Scientific memoirs by medical officers of the Army of India - Part XII,
Year: 1901
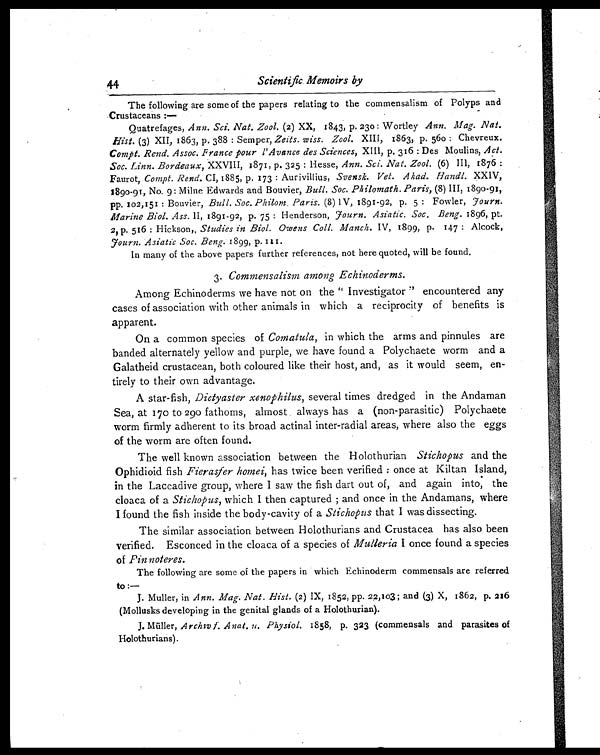
44
Scientific Memoirs by
The following are some of the papers relating to the commensalism of Polyps and
Crustaceans :—
Quatrefages, Ann. Sci. Nat. Zool. (2) XX, 1843, p. 230 : Wortley Ann. Mag. Nat.
Hist. (3) XII, 1863, p. 388 : Semper, Zeits. wiss. Zool. XIII, 1863, p. 560 : Chevreux.
Compt. Rend. Assoc. France pour l'Avance des Sciences , XIII, p. 316 : Des Moulins, Act.
Soc. Linn. Bordeaux, XXVIII, 1871, p. 325 : Hesse, Ann. Sci. Nat. Zool. (6) 1876 :
Faurot, Compt. Rend. CI, 1885, p. 173 : Aurivillius, Svensk. Vet. Akad. Handl. XXIV,
1890-91, No. 9 : Milne Edwards and Bouvier, Bull. Soc. Philomath. Paris, (8) III, 1890-91,
pp. 102,151 : Bouvier, Bull. Soc. Philom. Paris. (8) 1V, 1891-92, p. 5 : Fowler, Fourn.
Marine Biol. Ass. II, 1891-92, p. 75 : Henderson, Fourn. Asiatic. Soc. Beng. 1896, pt.
2 , p . 5 1 6 : H i c k s o n ,
S t u d i e s i n B i o l . O w e n s C o l l . M a n c h .I
V , 1 8 9 9 , p . 1 4 7 : A l c o c k ,
Fourn. Asiatic Soc. Beng. 1899, p. 111.
In many of the above papers further references, not here quoted, will be found.
3. Commensalism among Echinoderms.
Among Echinoderms we have not on the " Investigator " encountered any
cases of association with other animals in which a reciprocity of benefits is
apparent.
On a common species of Comatula , in which the arms and pinnules are
banded alternately yellow and purple, we have found a Polychaete worm and a
Galatheid crustacean, both coloured like their host, and, as it would seem, en-
tirely to their own advantage.
A star-fish, Dictyaster xenophilus , several times dredged in the Andaman
Sea, at 170 to 290 fathoms, almost always has a (non-parasitic) Polychaete
worm firmly adherent to its broad actinal inter-radial areas, where also the eggs
of the worm are often found.
The well known association between the Holothurian Stichopus and the
Ophidioid fish Fierasfer homei, has twice been verified : once at Kiltan Island,
in the Laccadive group, where I saw the fish dart out of, and again into, the
cloaca of a Stichopus, which I then captured ; and once in the Andamans, where
I found the fish inside the body-cavity of a Stichopus that I was dissecting.
The similar association between Holothurians and Crustacea has also been
verified. Esconced in the cloaca of a species of Mulleria I once found a species
of Finnoteres.
The following are some of the papers in which Echinoderm commensals are referred
to :—
J. Muller, in Ann. Mag. Nat. Hist. (2) IX, 1852, pp. 22,103; and (3) X, 1862, p. 216
(Mollusks developing in the genital glands of a Holothurian).
J. Müller, Archiv f. Anat. u . Physiol. 1858, p. 323 (commensals and parasites of
Holothurians).